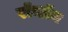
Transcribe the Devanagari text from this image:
रॉन्डॉन